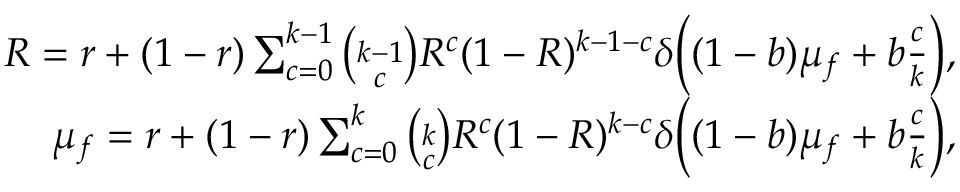
\begin{array} { r } { R = r + ( 1 - r ) \sum _ { c = 0 } ^ { k - 1 } \binom { k - 1 } { c } R ^ { c } ( 1 - R ) ^ { k - 1 - c } \delta \Big ( ( 1 - b ) \mu _ { f } + b \frac { c } { k } \Big ) , } \\ { \mu _ { f } = r + ( 1 - r ) \sum _ { c = 0 } ^ { k } \binom { k } { c } R ^ { c } ( 1 - R ) ^ { k - c } \delta \Big ( ( 1 - b ) \mu _ { f } + b \frac { c } { k } \Big ) , } \end{array}